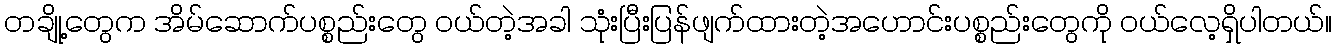
တချို့တွေက အိမ်ဆောက်ပစ္စည်းတွေ ဝယ်တဲ့အခါ သုံးပြီးပြန်ဖျက်ထားတဲ့အဟောင်းပစ္စည်းတွေကို ဝယ်လေ့ရှိပါတယ်။